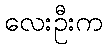
လေးဦးက